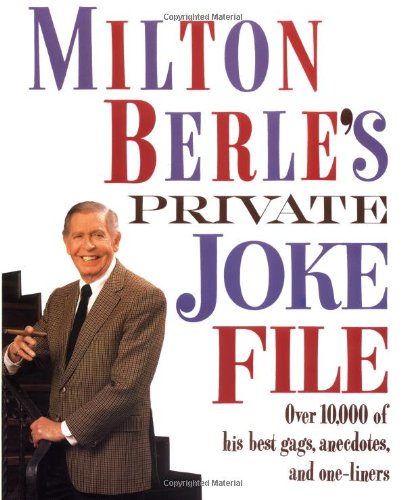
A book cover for Milton Berle's Private Joke File: Over 10,000 of His Best Gags, Anecdotes, and One-Liners; Milton Berle; Humor & Entertainment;